Vaccination in Bombay 1924-1928 - 1924-1928
Year: 1924
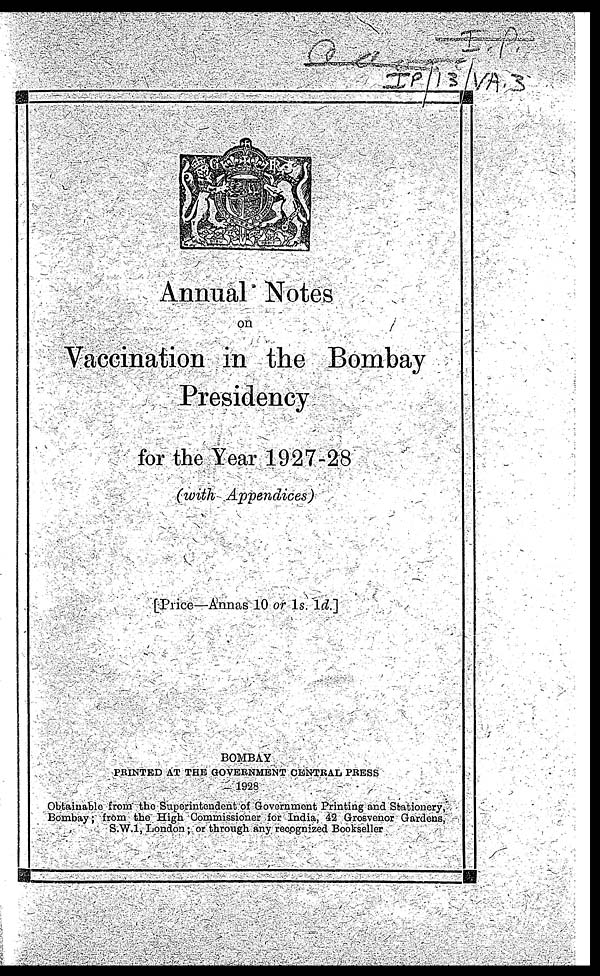
Annual Notes
on
Vaccination in the Bombay
Presidency
for the Year 1927-28
(with Appendices)
[Price—Annas 10 or 1s. 1d.]
BOMBAY
PRINTED AT THE GOVERNMENT CENTRAL PRESS
1928
Obtainable from the Superintendent of Government Printing and Stationery,
Bombay; from the High Commissioner for India, 42 Grosvenor Gardens,
S.W.1, London ; or through any recognized Bookseller